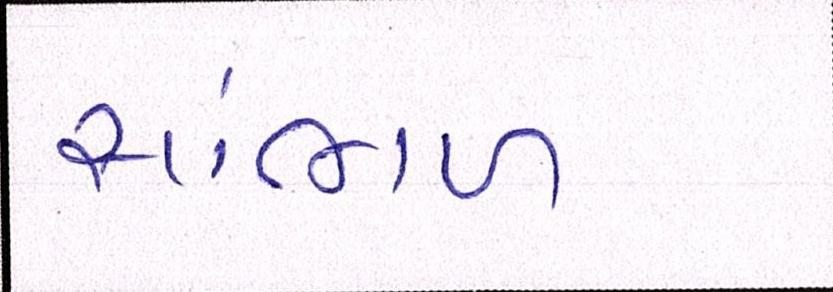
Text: સાંભળ